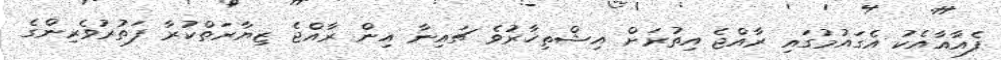
ފެއާއާއެކު އެގައުމުގައި ރާއްޖެ އިތުރަށް އިޝްތިހާރުވެ ޗައިނާ އިން ރާއްޖެ ޒިޔާރަތްކުރާ ފަތުރުވެރިންގެ